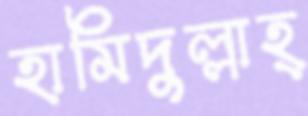
হামিদুল্লাহ্